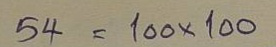
54 = 100x100